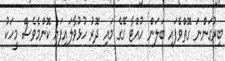
ބިރުގަންނަ ގޮތްވެފައި ބަލަން ހުއްޓާ ގޭގެ މައި ދޮރު ހުޅުވާލައިފައި ކޮންމެވެސް މީހަކު